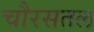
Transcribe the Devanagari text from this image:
चौरसतल